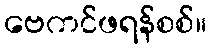
ဗေကင်ဖရန်စစ်။